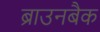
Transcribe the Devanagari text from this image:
ब्राउनबैक